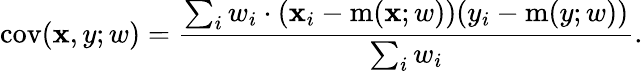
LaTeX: \operatorname{cov}(\mathbf{x},y;w)={\frac{{\sum_{i}w_{i}\cdot(\mathbf{x}_{i}-\operatorname{m}(\mathbf{x};w))(y_{i}-\operatorname{m}(y;w))}}{{\sum_{i}w_{i}}}}.